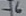
Text: -6